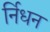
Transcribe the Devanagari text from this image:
र्निधन